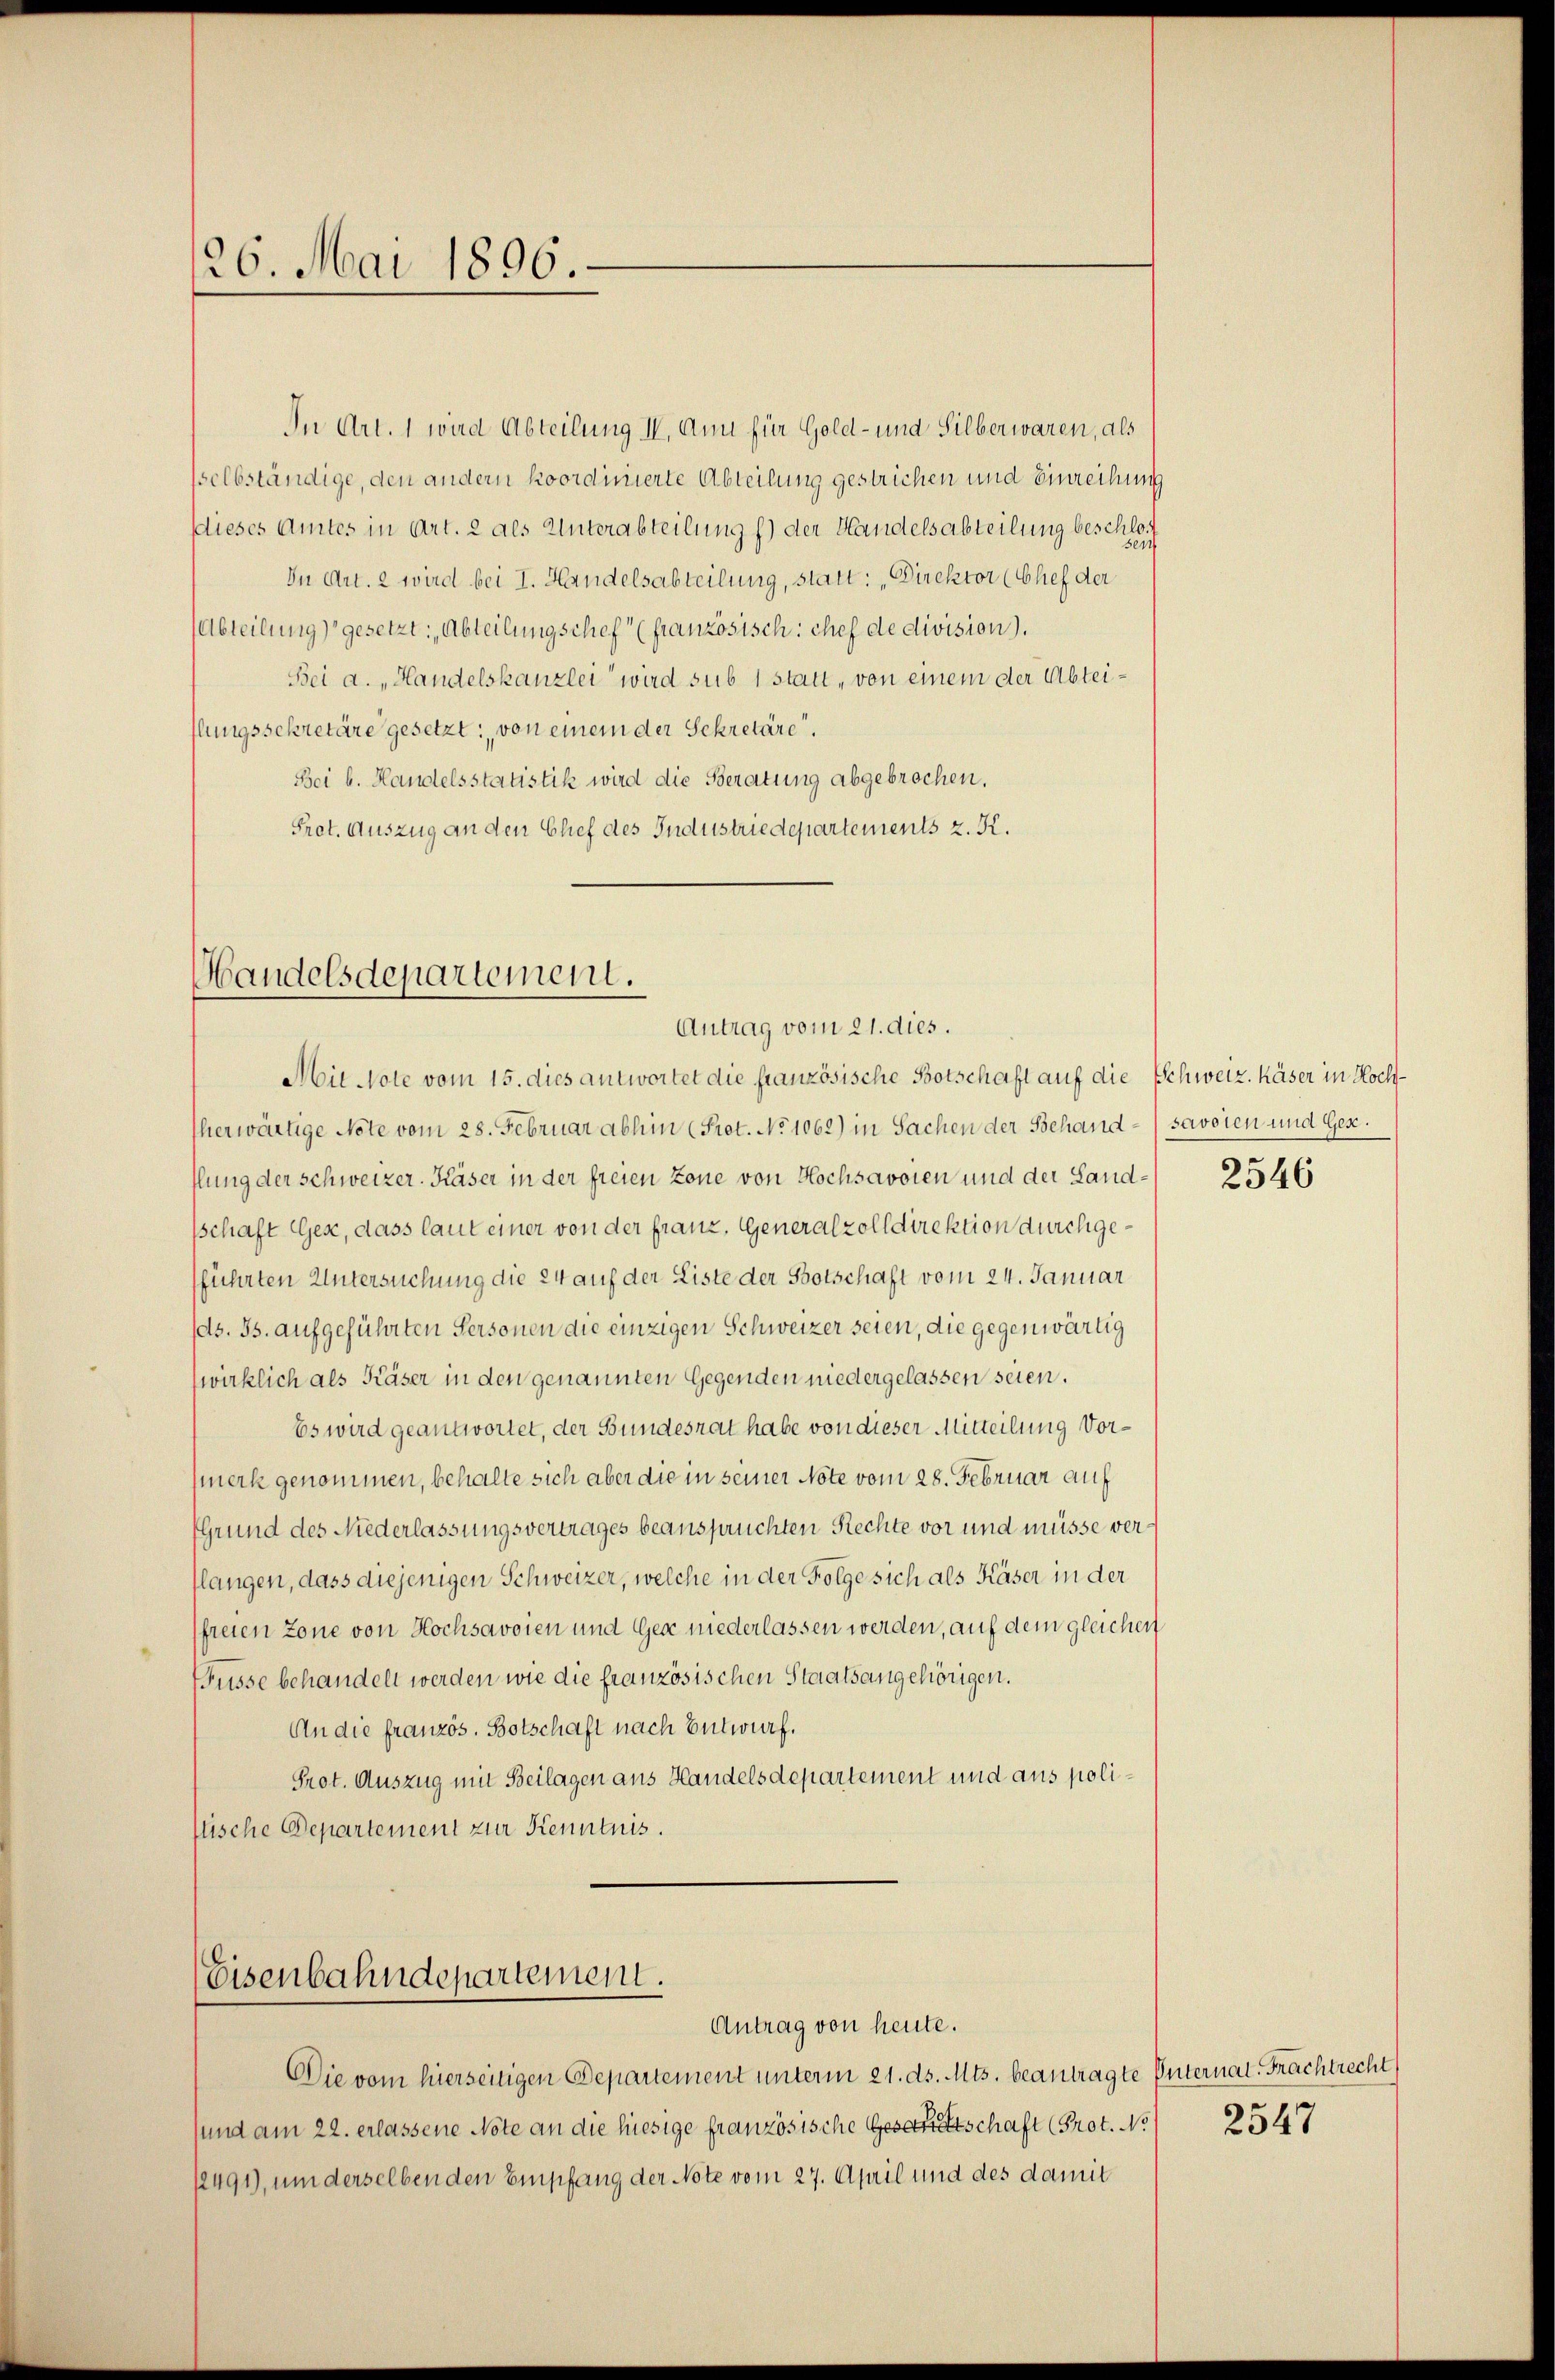
26. Mai 1896.

In Art. 1 wird Abteilung IV. Ann für Gold- und Silberwaren, als
sselbständige, den andern koordinierte Abteilung gestrichen und Einreihung
Dieses Amtes in Art. 2 als Unterabteilung f.) der Handelsabteilung beschlos
In Art. 2 wird bei I. Handelsabteilung, statt: „Direktor (Chef der
Abteilung) gesetzt: Abteilungschef (französisch: chef de division).
Bei a. „Handelskanzlei wird sub 1 statt, von einem der Abteilungssekretäre gesetzt: von einem der Sekretäre“.
Bei b. Handelsstatistik wird die Beratung abgebrochen.
Pret. Auszug an den Chef des Industriedepartements z. K.

Handelsdepartement.
Antrag vom 21. dies.

Mit Note vom 15. dies antwortet die französische Botschaft auf die Schweiz. Käser in Hochherwärtige Note vom 28. Februar abhin (Prot. No 1062) in Sachen der Behand- savoten und Ges.
flung der schweizer. Käser in der freien zone von Hochsavoien und der Landsschaft Gex, dass laut einer von der franz, Generalzolldirektion durchgefführten Untersuchung die 24 auf der Liste der Botschaft vom 24. Januar
ds. Js. aufgeführten Personen die einzigen Schweizer seien, die gegenwärtig
wirklich als Käser in den genannten Gegenden niedergelassen seien.
Es wird geantwortet, der Bundesrat habe von dieser Mitteilung Vormerk genommen, behalte sich aber die in seiner Note vom 28. Februar auf
(Grund des Niederlassungsvertrages beanspruchten Rechte vor und müsse vertlangen, dass diejenigen Schweizer, welche in der Folge sich als Käser in der
freien Zone von Hochsavoien und Ges niederlassen werden, auf dem gleichen
Füsse behandelt werden wie die französischen Staatsangehörigen.
An die französ. Botschaft nach Entwurf.
Prot. Auszug mit Beilagen aus Handelsdepartement und aus polistische Departement zur Kenntnis.

Eisenbahndepartement.
Antrag von heute.

Die vom hierseitigen Departement unterm 21. ds. Mts. beantragte Enternat. Frachtrecht
und am 22. erlassene Note an die hiesige französische Gesandtschaft (Prot. No 12547
12491), um derselben den Empfang der Note vom 27. April und des damit

2546